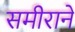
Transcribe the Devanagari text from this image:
समीराने